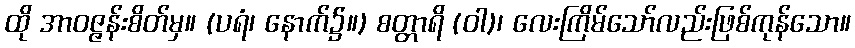
ထို အာဝဇ္ဇန်းစိတ်မှ။ (ပရံ၊ နောက်၌။) စတ္တာရိ (ဝါ)၊ လေးကြိမ်သော်လည်းဖြစ်ကုန်သော။